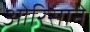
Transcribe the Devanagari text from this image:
ओरिसाने